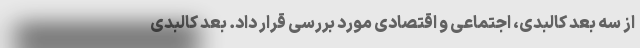
از سه بعد کالبدی، اجتماعی و اقتصادی مورد بررسی قرار داد. بعد کالبدی